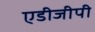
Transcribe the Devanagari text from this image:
एडीजीपी